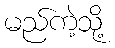
မည်ကဲ့သို့